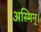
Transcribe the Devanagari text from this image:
अस्मिन्।